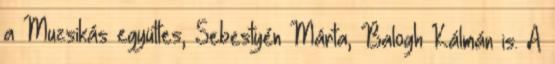
a Muzsikás együttes, Sebestyén Márta, Balogh Kálmán is. A